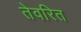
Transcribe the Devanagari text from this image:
तेवरित